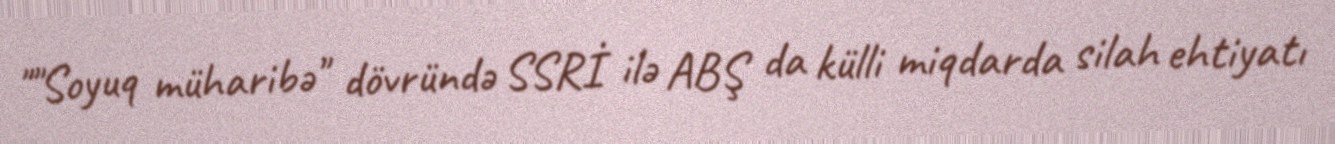
""Soyuq müharibə" dövründə SSRİ ilə ABŞ da külli miqdarda silah ehtiyatı